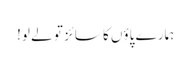
ہمارے پاؤں کا سائز تو لے لو!